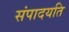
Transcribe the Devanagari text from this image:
संपादयति